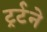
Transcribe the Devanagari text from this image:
ट्रर्टने